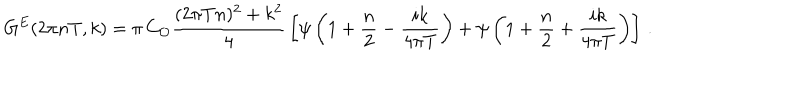
G ^ { E } ( 2 \pi n T , k ) = \pi \, C _ { \cal { O } } { \frac { ( 2 \pi T n ) ^ { 2 } + k ^ { 2 } } { 4 } } \left[ \psi \left( 1 + { \frac { n } { 2 } } - { \frac { i k } { 4 \pi T } } \right) + \psi \left( 1 + { \frac { n } { 2 } } + { \frac { i k } { 4 \pi T } } \right) \right] \, .